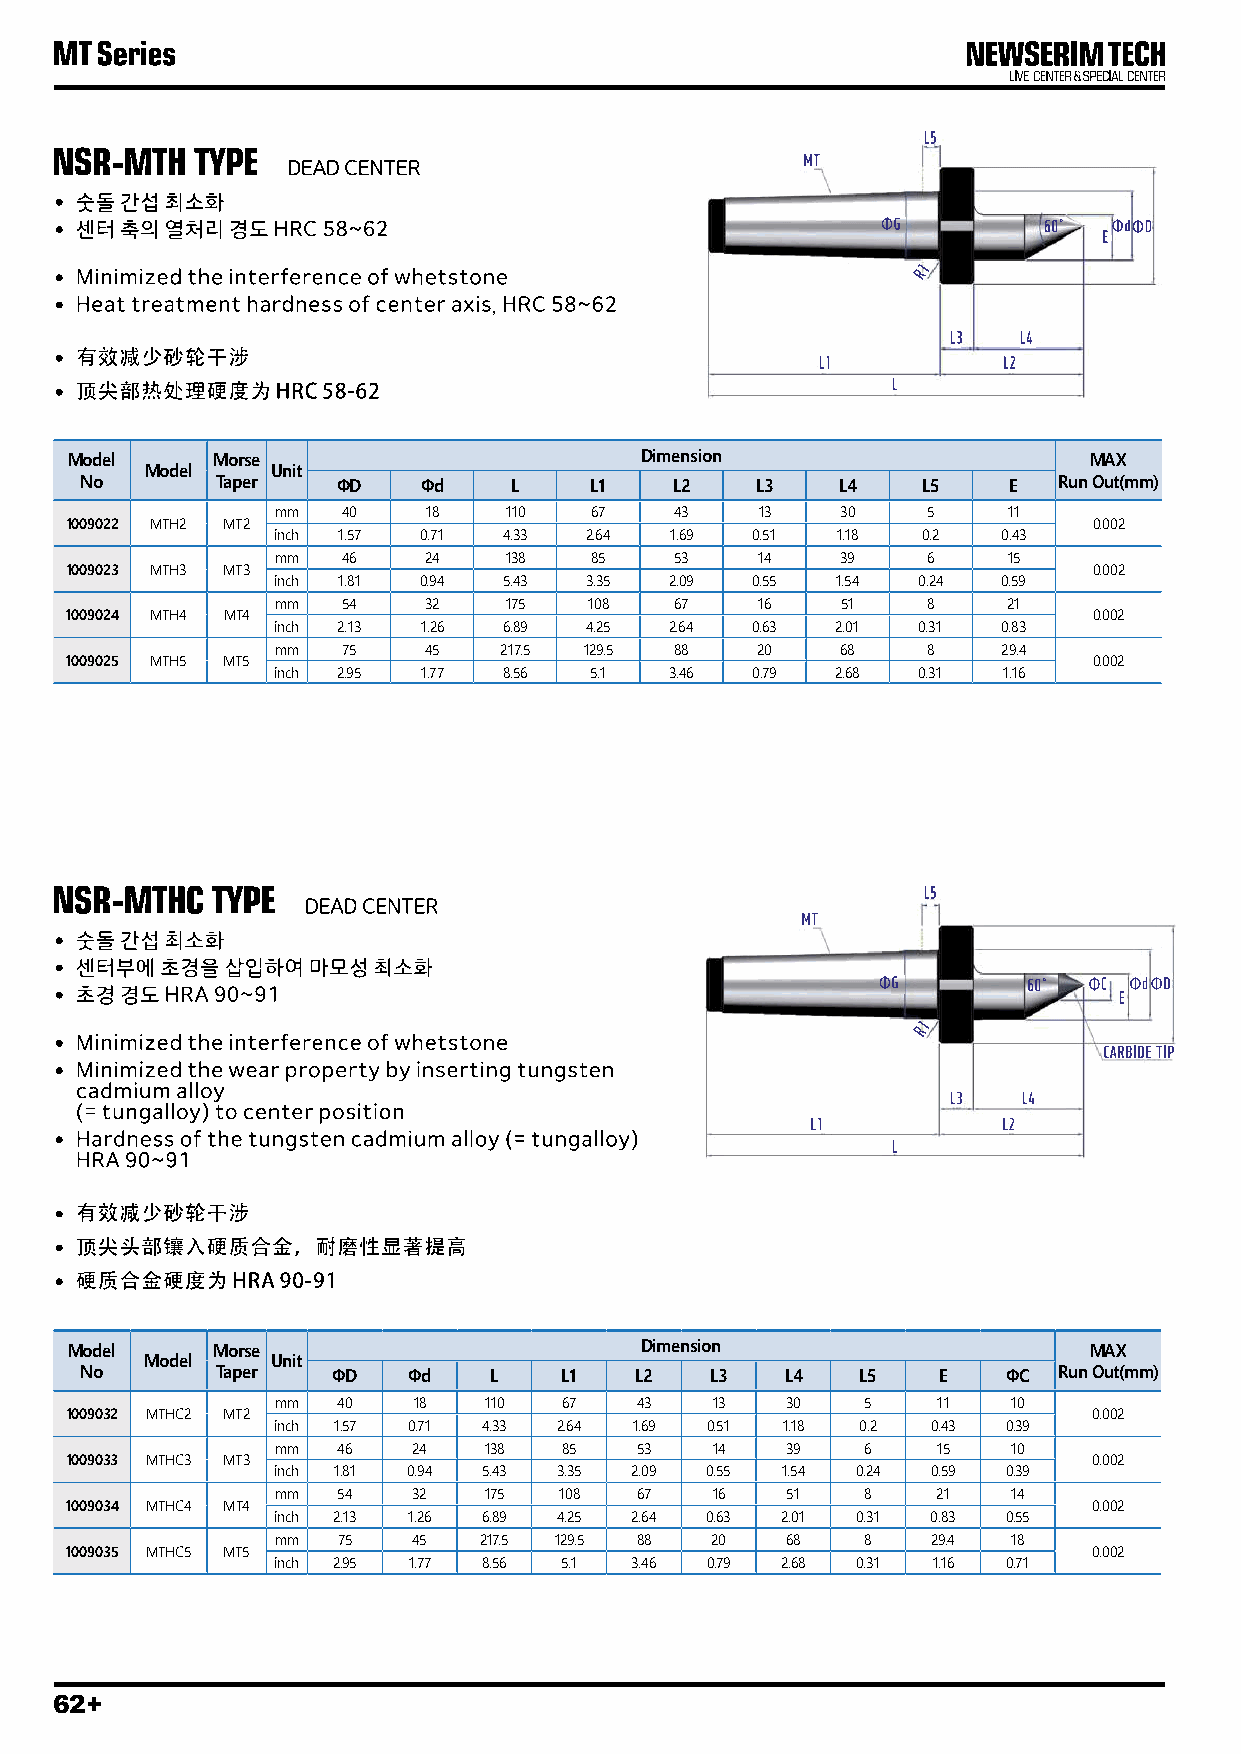
Model     Morse                       Dimension                     MAX
 Model   Unit
 No       Taper   ΦD    Φd    L    L1    L2   L3   L4    L5    E  Run Out(mm)
 mm   40   18   110   67    43   13    30   5     11
 1009022 MTH2 MT2                                                    0.002
 inch 1.57 0.71 4.33  2.64 1.69  0.51 1.18  0.2  0.43
 mm   46   24   138   85    53   14    39   6     15
 1009023 MTH3 MT3                                                    0.002
 inch 1.81 0.94 5.43  3.35 2.09  0.55 1.54  0.24 0.59
 mm   54   32   175   108   67   16    51   8     21
 1009024 MTH4 MT4                                                    0.002
 inch 2.13 1.26 6.89  4.25 2.64  0.63 2.01  0.31 0.83
 mm   75   45   217.5 129.5 88   20    68   8    29.4
 1009025 MTH5 MT5                                                    0.002
 inch 2.95 1.77 8.56  5.1  3.46  0.79 2.68  0.31 1.16
 Model     Morse                       Dimension                     MAX
 Model   Unit
 No       Taper   ΦD   Φd   L    L1   L2   L3   L4   L5   E    ΦC Run Out(mm)
 mm  40   18   110  67   43   13   30   5    11   10
 1009032 MTHC2 MT2                                                   0.002
 inch 1.57 0.71 4.33 2.64 1.69 0.51 1.18 0.2 0.43 0.39
 mm  46   24   138  85   53   14   39   6    15   10
 1009033 MTHC3 MT3                                                   0.002
 inch 1.81 0.94 5.43 3.35 2.09 0.55 1.54 0.24 0.59 0.39
 mm  54   32   175  108  67   16   51   8    21   14
 1009034 MTHC4 MT4                                                   0.002
 inch 2.13 1.26 6.89 4.25 2.64 0.63 2.01 0.31 0.83 0.55
 mm  75   45   217.5 129.5 88 20   68   8    29.4 18
 1009035 MTHC5 MT5                                                   0.002
 inch 2.95 1.77 8.56 5.1 3.46 0.79 2.68 0.31 1.16 0.71
 62+